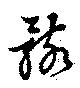
骸